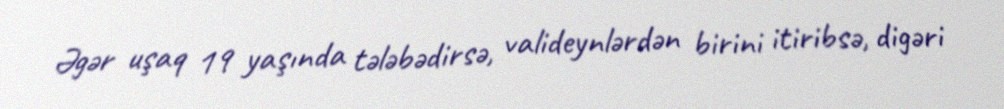
Əgər uşaq 19 yaşında tələbədirsə, valideynlərdən birini itiribsə, digəri